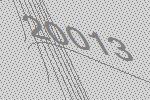
20013